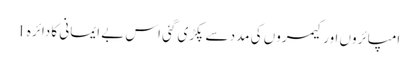
امپائروں اور کیمروں کی مدد سے پکڑی گئی اس بے ایمانی کا دائرہ 1